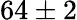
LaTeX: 64\pm 2